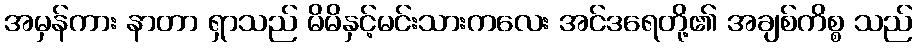
အမှန်ကား နာတာ ရှာသည် မိမိနှင့်မင်းသားကလေး အင်ဒရေတို့၏ အချစ်ကိစ္စ သည်